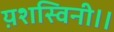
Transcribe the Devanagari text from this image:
य़शस्विनी।।